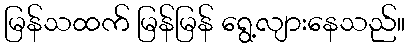
မြန်သထက် မြန်မြန် ရွေ့လျားနေသည်။